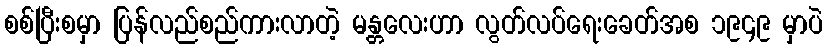
စစ်ပြီးစမှာ ပြန်လည်စည်ကားလာတဲ့ မန္တလေးဟာ လွတ်လပ်ရေးခေတ်အစ ၁၉၄၉ မှာပဲ